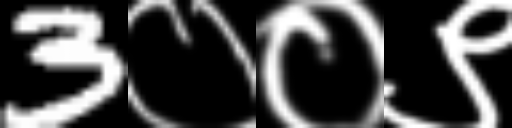
Text: 3००९